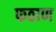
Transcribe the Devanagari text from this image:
फठाण